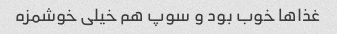
غذاها خوب بود و سوپ هم خیلی خوشمزه